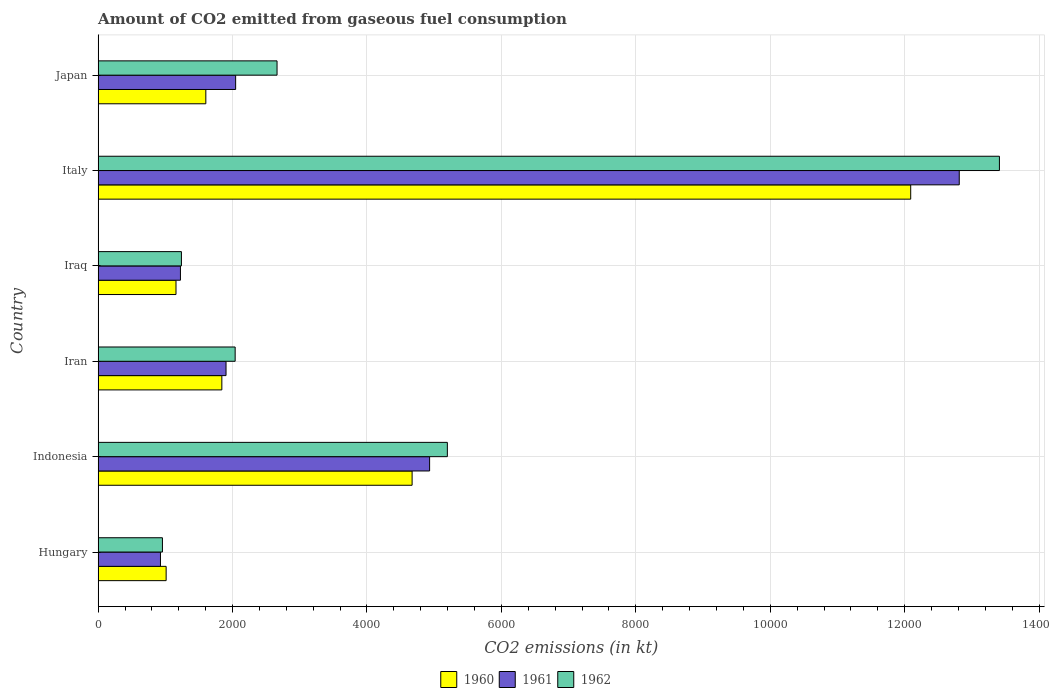
| Country | 1960 | 1961 | 1962 |
 | --- | --- | --- | --- |
 | Hungary | 1.01e+03 | 928 | 957 |
 | Indonesia | 4.67e+03 | 4.93e+03 | 5.2e+03 |
 | Iran | 1.84e+03 | 1.9e+03 | 2.04e+03 |
 | Iraq | 1.16e+03 | 1.22e+03 | 1.24e+03 |
 | Italy | 1.21e+04 | 1.28e+04 | 1.34e+04 |
 | Japan | 1.6e+03 | 2.05e+03 | 2.66e+03 |